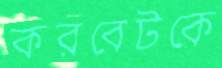
করবেটকে